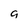
Character: g